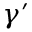
\gamma ^ { \prime }